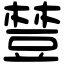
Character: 𧯴